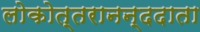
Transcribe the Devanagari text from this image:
लोकोत्तरानन्ददाता